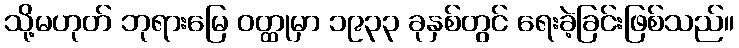
သို့မဟုတ် ဘုရားမြေ ဝတ္ထုမှာ ၁၉၃၃ ခုနှစ်တွင် ရေးခဲ့ခြင်းဖြစ်သည်။